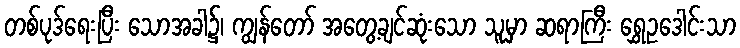
တစ်ပုဒ်ရေးပြီး သောအခါ၌၊ ကျွန်တော် အတွေ့ချင်ဆုံးသော သူမှာ ဆရာကြီး ရွှေဥဒေါင်းသာ